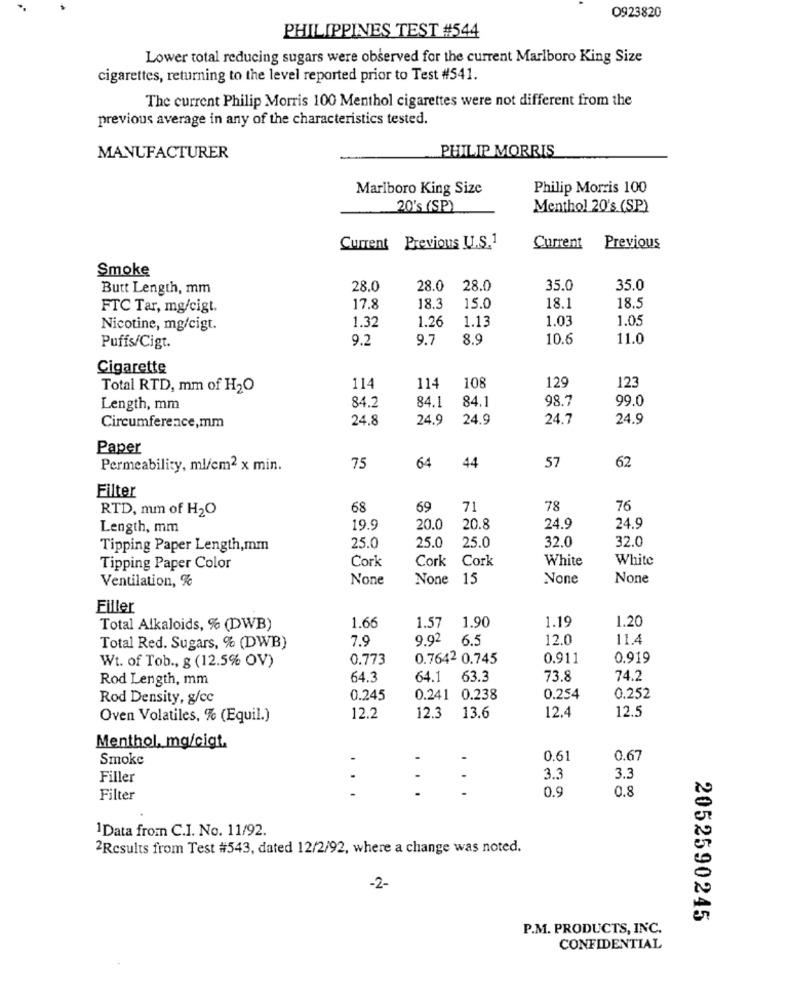
0923820
PHILIPPINES TEST #544
Lower total reducing sugars were observed for the current Marlboro King Size
cigarettes, returning to the level reported prior to Test #541.
The current Philip Morris 100 Menthol cigarettes were not different from the
previous average in any of the characteristics tested.
PHILIP MORRIS
MANUFACTURER
Marlboro King Size
Philip Morris 100
20's (SP)
Menthol 20's (SP)
Current Previous U.S.1
Current
Previous
Smoke
Butt Length, mm
28.0
28.0
28.0
35.0
35.0
18.1
FTC Tar, mg/cigt.
17.8
18.3
15.0
18.5
1.32
1.26
1.13
1.03
1.05
Nicotine, mg/cigt.
9.2
9.7
8.9
10.6
11.0
Puffs/Cigt.
Cigarette
123
Total RTD, mm of H2O
114
114
108
129
84.1
84.1
98.7
99.0
Length, mm
84.2
24.8
24.9
24.9
24.7
24.9
Circumference,mm
Paper
62
Permeability, ml/cm2 x min.
75
64
44
57
Filter
RTD, mm of H2O
68
69
71
78
76
Length, mm
19.9
20.0
20.8
24.9
24.9
32.0
32.0
Tipping Paper Length,mm
25.0
25.0
25.0
Cork
Cork
Cork
White
White
Tipping Paper Color
Ventilation, %
None 15
Filler
1.19
1.20
Total Alkaloids, % (DWB)
1.66
1.57 1.90
7.9
9.92
6.5
12.0
11.4
Total Red. Sugars, % (DWB)
0.773
0.7642 0.745
0.911
0.919
Wt. of Tob ., g (12.5% OV)
Rod Length, mm
64.3
64.1
63.3
73.8
74.2
Rod Density, g/cc
0.245
0.241 0.238
0.254
0.252
12.4
12.5
Oven Volatiles, % (Equil.)
12.2
12.3
13.6
Menthol, mg/cigt.
Smoke
0.61
0.67
Filler
3.3
3.3
...
...
0.9
0,8
Filter
1Data from C.I. No. 11/92.
2Results from Test #543, dated 12/2/92, where a change was noted.
-2-
2052590245
P.M. PRODUCTS, INC.
CONFIDENTIAL